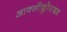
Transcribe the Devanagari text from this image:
आक्सीक्लोराइड